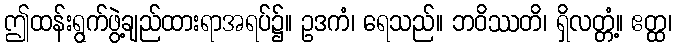
ဤထန်းရွက်ဖွဲ့ချည်ထားရာအရပ်၌။ ဥဒကံ၊ ရေသည်။ ဘဝိဿတိ၊ ရှိလတ္တံ့။ ဧတ္ထ၊